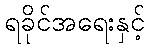
ရခိုင်အရေးနှင့်